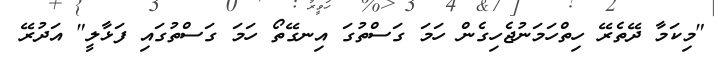
"މިކަމާ ދޭތެރޭ ހިތްހަމަނުޖެހިގެން ހަމަ ގަސްތުގަ އިނގޭތޯ ހަމަ ގަސްތުގައި ފަޅާލީ" އަދުރޭ